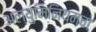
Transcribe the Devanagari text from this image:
अल्युमिनियमचा